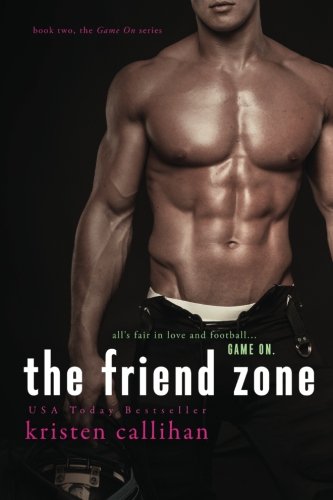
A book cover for The Friend Zone (Game On) (Volume 2); Kristen Callihan; Romance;